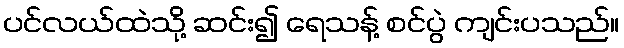
ပင်လယ်ထဲသို့ ဆင်း၍ ရေသန့် စင်ပွဲ ကျင်းပသည်။